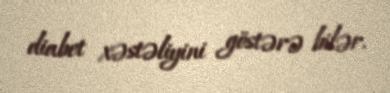
diabet xəstəliyini göstərə bilər.